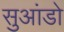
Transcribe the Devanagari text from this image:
सुआंडो